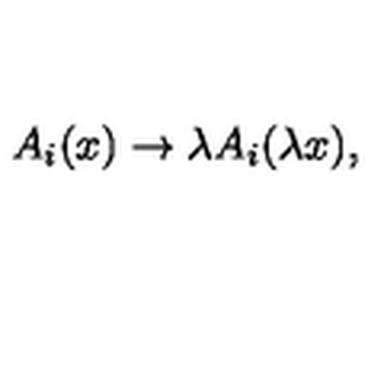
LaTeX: A _ { i } ( x ) \rightarrow \lambda A _ { i } ( \lambda x ) ,